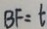
B F = t